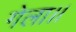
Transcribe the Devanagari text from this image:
गेला।।